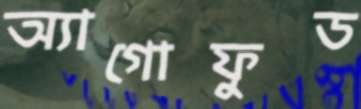
অ্যাগোফুড